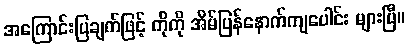
အကြောင်းပြချက်ဖြင့် ကိုကို အိမ်ပြန်နောက်ကျပေါင်း များပြီ။